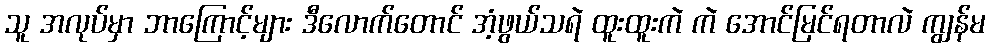
သူ အလုပ်မှာ ဘာကြောင့်များ ဒီလောက်တောင် အံ့ဖွယ်သရဲ ထူးထူးကဲ ကဲ အောင်မြင်ရတာလဲ ကျွန်မ